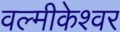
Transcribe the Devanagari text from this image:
वल्मीकेश्वर